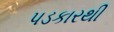
પડકારથી